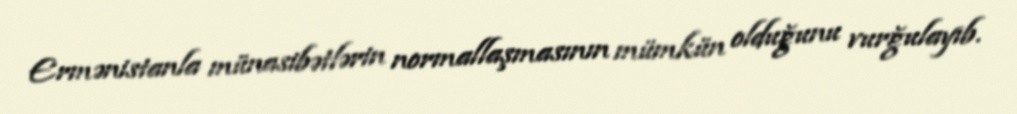
Ermənistanla münasibətlərin normallaşmasının mümkün olduğunu vurğulayıb.